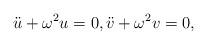
LaTeX: \begin{align*}\ddot{u} + \omega^2 u = 0,\ddot{v} + \omega^2 v= 0,\end{align*}